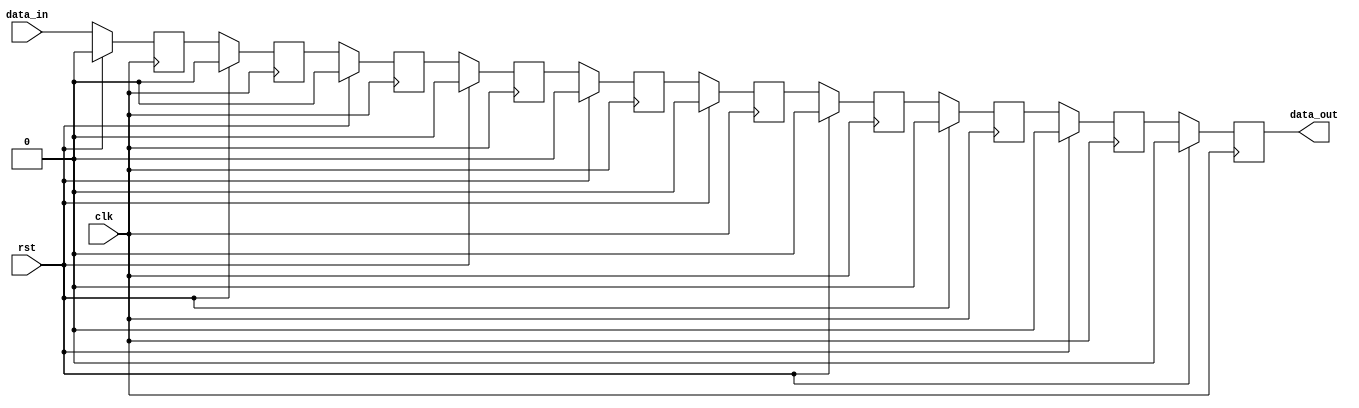
module shift_reg #(

  // parameters

  parameter   DATA_WIDTH = 1,
  parameter   NUM_REGS = 10,

  // bit width parameters

  localparam  N0 = DATA_WIDTH - 1,
  localparam  N1 = NUM_REGS - 1

) (

  // master interface

  input             clk,
  input             rst,

  // data interface

  input   [ N0:0]   data_in,
  output  [ N0:0]   data_out

);

  // register declaration

  reg     [ N0:0]   shift[N1:0];

  // shift register implementation

  genvar i;
  generate
  for (i = 0; i < NUM_REGS; i++) begin : shift_reg

    always @(posedge clk) begin
      if (rst) begin
        shift[i] <= {DATA_WIDTH{1'b0}};
      end else begin
        shift[i] <= (i == 0) ? data_in : shift[i-1];
      end
    end

  end
  endgenerate

  // assign output

  assign data_out = shift[N1];

endmodule